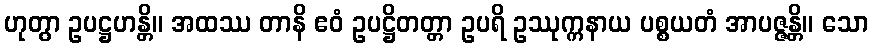
ဟုတွာ ဥပဋ္ဌဟန္တိ။ အထဿ တာနိ ဧဝံ ဥပဋ္ဌိတတ္တာ ဥပရိ ဥဿုက္ကနာယ ပစ္စယတံ အာပဇ္ဇန္တိ။ သော